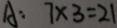
A : 7 \times 3 = 2 1